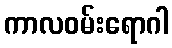
ကာလဝမ်းရောဂါ